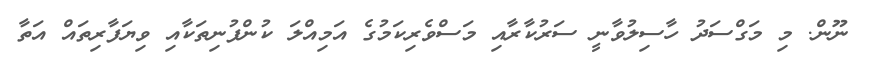
ނޫން. މި މަގްސަދު ހާސިލުވާނީ ސަރުކާރާއި މަސްވެރިކަމުގެ އަމިއްލަ ކުންފުނިތަކާއި ވިޔަފާރިތައް އަތާ